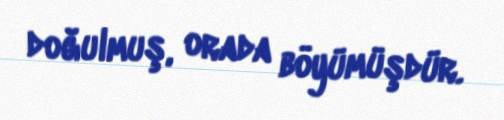
doğulmuş, orada böyümüşdür.